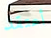
أعتقد